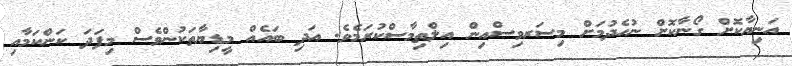
އަނިޔާކޮށް ގޯނާކޮށް ނުހެދުމަށް މިސަރވިސްއިން އިލްތިމާސްކުރަމެވެ. އަދި ބައެއް މީޑިޔާތަކުންވެސް މިފަދަ ކަންކަމާއި